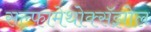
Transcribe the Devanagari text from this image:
सल्फामेथोक्सॅझोल